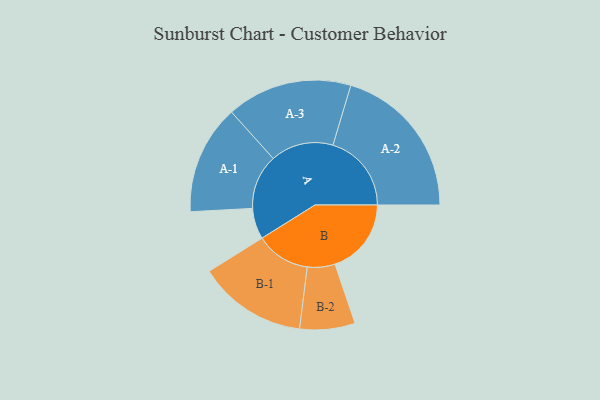
{"axis": {"x": "Segment", "y": "Value"}, "legend": ["", "A", "B"], "data": [{"x": "A", "y": 112, "type": ""}, {"x": "B", "y": 276, "type": ""}, {"x": "A-1", "y": 198, "type": "A"}, {"x": "A-2", "y": 284, "type": "A"}, {"x": "A-3", "y": 227, "type": "A"}, {"x": "B-1", "y": 197, "type": "B"}, {"x": "B-2", "y": 100, "type": "B"}]}